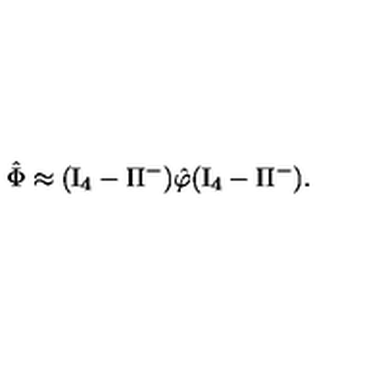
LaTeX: \hat { \Phi } \approx ( \mathrm { I } _ { 4 } - \Pi ^ { - } ) \hat { \varphi } ( \mathrm { I } _ { 4 } - \Pi ^ { - } ) .